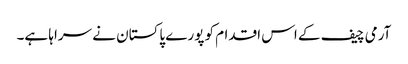
آرمی چیف کے اس اقدام کو پورے پاکستان نے سراہا ہے۔